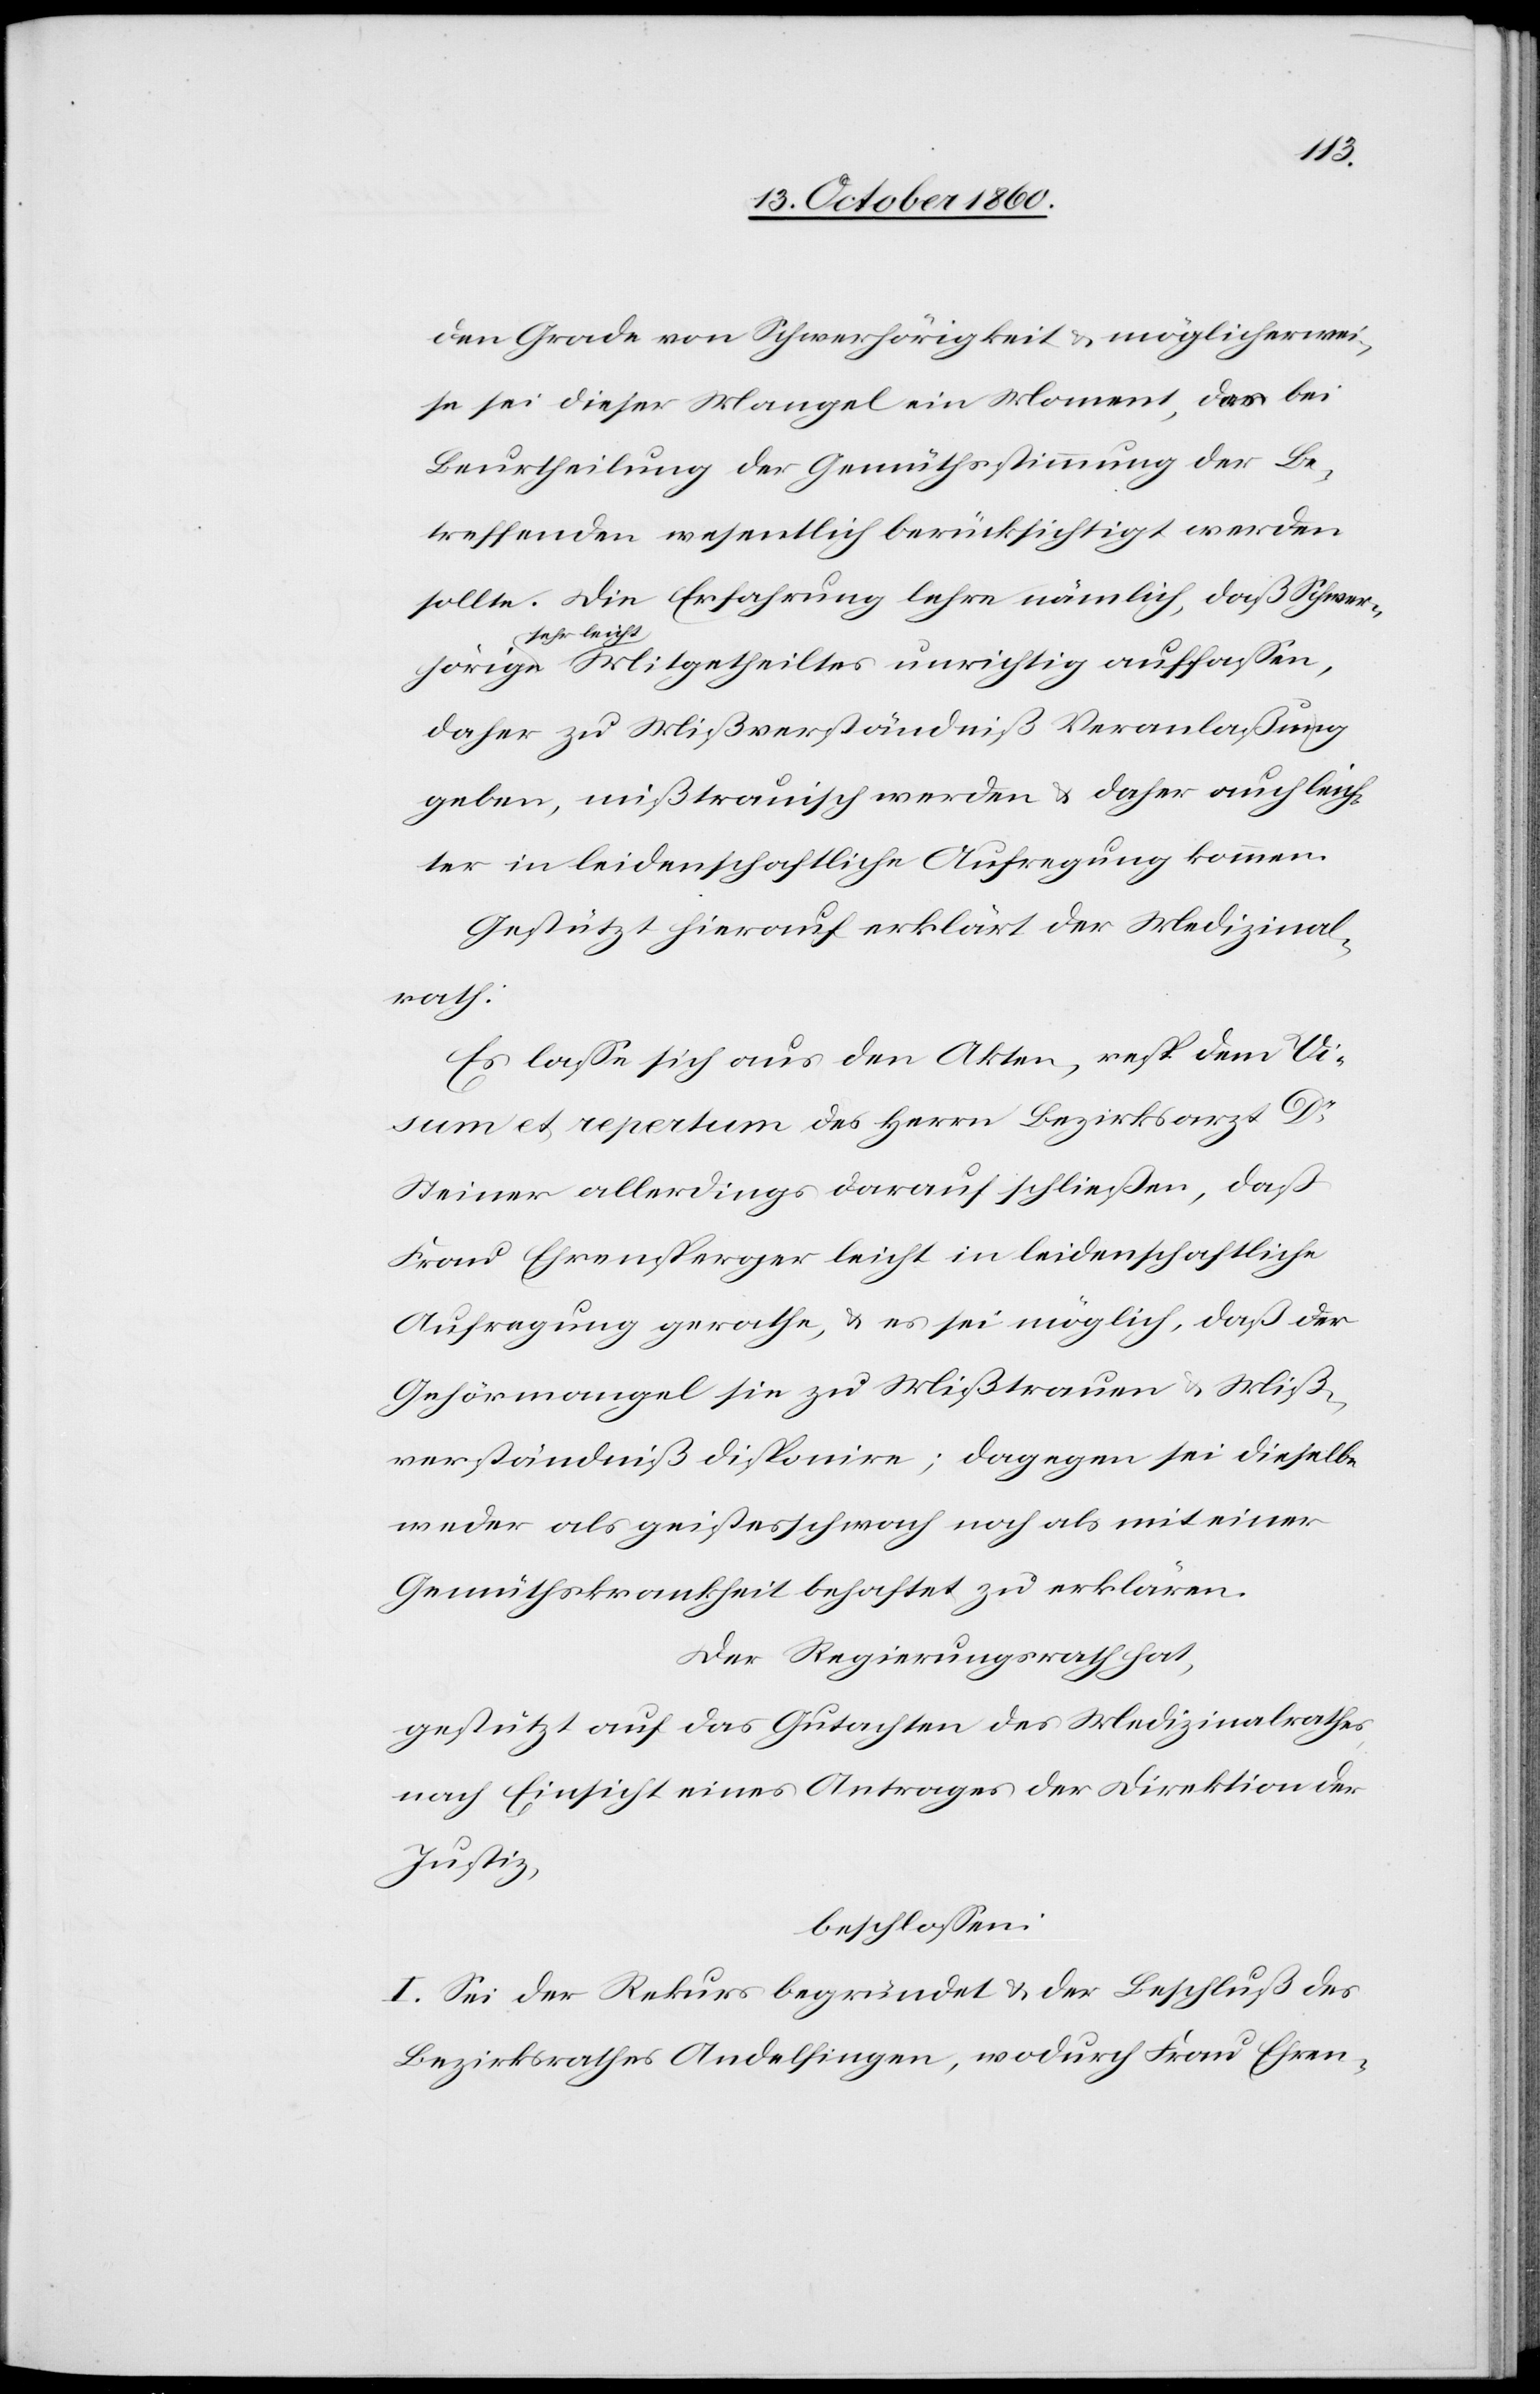
hörige
dem Grade von Schwerhörigkeit u. möglicherwei¬
se sei dieser Mangel ein Moment, das bei
Beurtheilung der Gemüthsstimmung der Be¬
treffenden wesentlich berücksichtigt werden
sollte. Die Erfahrung lehre nämlich, daß Schwer¬
sehr leicht
daher zu Mißverständniß Veranlaßung
geben, mißtrauisch werden u. daher auch leich¬
ter in leidenschaftliche Aufregung kommen.
Gestützt hierauf erklärt der Medizinal¬
rath:
Es lasse sich aus den Akten, resp. dem Vi¬
sum et repertum des Herrn Bezirksarzt Dr
Steiner allerdings darauf schließen, daß
Frau Ehrensperger leicht in leidenschaftliche
Aufregung gerathe, u. es sei möglich, daß der
Gehörmangel sie zu Mißtrauen u. Miß¬
verständniß disponire; dagegen sei dieselbe
weder als geistesschwach noch als mit einer
Gemüthskrankheit behaftet zu erklären.
Der Regierungsrath hat,
gestützt auf das Gutachten des Medizinalrathes,
nach Einsicht eines Antrages der Direktion der
Justiz,
beschlossen:
I. Sei der Rekurs begründet u. der Beschluß des
Bezirksrathes Andelfingen, wodurch Frau Ehren-